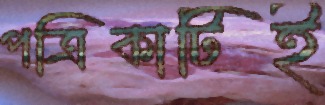
পত্রিকাটিই